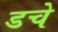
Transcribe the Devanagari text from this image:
डचे